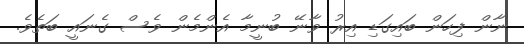
ނާން ފިހަން ބައިގަޑި އިރު ވާނޭ ބުނީމާ އެންމެން ވެސް ގެނައީ ބަތެވެ.